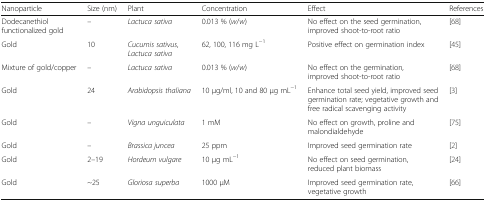
<table><thead><tr><td><b>Nanoparticle</b></td><td><b>Size (nm)</b></td><td><b>Plant</b></td><td><b>Concentration</b></td><td><b>Effect</b></td><td><b>References</b></td></tr></thead><tbody><tr><td>Dodecanethiol functionalized gold</td><td>–</td><td><i>Lactuca sativa</i></td><td>0.013 % (<i>w</i>/<i>w</i>)</td><td>No effect on the seed germination, improved shoot-to-root ratio</td><td>[68]</td></tr><tr><td>Gold</td><td>10</td><td><i>Cucumis sativus</i>, <i>Lactuca sativa</i></td><td>62, 100, 116 mg L<sup>−1</sup></td><td>Positive effect on germination index</td><td>[45]</td></tr><tr><td>Mixture of gold/copper</td><td>–</td><td><i>Lactuca sativa</i></td><td>0.013 % (<i>w</i>/<i>w</i>)</td><td>No effect on the germination, improved shoot-to-root ratio</td><td>[68]</td></tr><tr><td>Gold</td><td>24</td><td><i>Arabidopsis thaliana</i></td><td>10 μg/ml, 10 and 80 μg mL<sup>−1</sup></td><td>Enhance total seed yield, improved seed germination rate; vegetative growth and free radical scavenging activity</td><td>[3]</td></tr><tr><td>Gold</td><td>–</td><td><i>Vigna unguiculata</i></td><td>1 mM</td><td>No effect on growth, proline and malondialdehyde</td><td>[75]</td></tr><tr><td>Gold</td><td>–</td><td><i>Brassica juncea</i></td><td>25 ppm</td><td>Improved seed germination rate</td><td>[2]</td></tr><tr><td>Gold</td><td>2–19</td><td><i>Hordeum vulgare</i></td><td>10 μg mL<sup>−1</sup></td><td>No effect on seed germination, reduced plant biomass</td><td>[24]</td></tr><tr><td>Gold</td><td>~25</td><td><i>Gloriosa superba</i></td><td>1000 μM</td><td>Improved seed germination rate, vegetative growth</td><td>[66]</td></tr></tbody></table>